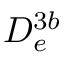
D _ { e } ^ { 3 b }